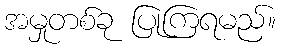
အမှုတစ်ခု ပြုကြရမည်။